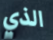
الذي